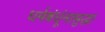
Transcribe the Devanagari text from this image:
धर्मबंधूंनासुद्धा